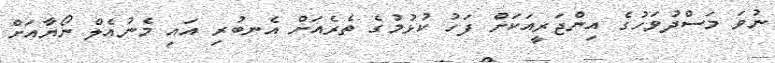
ނުވަ މަސްދުވަހުގެ އިންޖަރީއަކަށް ފަހު ކުޅުމުގެ ތެރެއަށް އެނބުރި އައި މެނުއެލް ނޯޔާއަށް